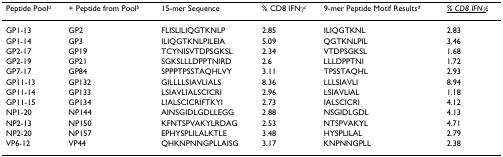
<table><thead><tr><td><b>Peptide Pool<sup><i>a</i></sup></b></td><td><b>+ Peptide from Pool<sup><i>b</i></sup></b></td><td><b>15-mer Sequence</b></td><td><b>% CD8 IFNγ<sup><i>c</i></sup></b></td><td><b>9-mer Peptide Motif Results<sup><i>d</i></sup></b></td><td><b><underline><i>% CD8 IFNγ</i><sup><i>c</i></sup></underline></b></td></tr></thead><tbody><tr><td>GP1-13</td><td>GP2</td><td>FLISLILIQGTKNLP</td><td>2.85</td><td>ILIQGTKNL</td><td>2.83</td></tr><tr><td>GP1-14</td><td>GP3</td><td>ILIQGTKNLPILEIA</td><td>5.09</td><td>QGTKNLPIL</td><td>3.46</td></tr><tr><td>GP2-17</td><td>GP19</td><td>TCYNISVTDPSGKSL</td><td>2.34</td><td>VTDPSGKSL</td><td>1.68</td></tr><tr><td>GP2-19</td><td>GP21</td><td>SGKSLLLDPPTNIRD</td><td>2.6</td><td>LLLDPPTNI</td><td>1.72</td></tr><tr><td>GP7-17</td><td>GP84</td><td>SPPPTPSSTAQHLVY</td><td>3.11</td><td>TPSSTAQHL</td><td>2.93</td></tr><tr><td>GP11-13</td><td>GP132</td><td>GILLLLSIAVLIALS</td><td>8.36</td><td>LLLSIAVLI</td><td>8.94</td></tr><tr><td>GP11-14</td><td>GP133</td><td>LSIAVLIALSCICRI</td><td>2.96</td><td>LSIAVLIAL</td><td>1.18</td></tr><tr><td>GP11-15</td><td>GP134</td><td>LIALSCICRIFTKYI</td><td>2.73</td><td>IALSCICRI</td><td>4.12</td></tr><tr><td>NP1-20</td><td>NP144</td><td>AINSGIDLGDLLEGG</td><td>2.88</td><td>NSGIDLGDL</td><td>4.13</td></tr><tr><td>NP2-13</td><td>NP150</td><td>KFNTSPVAKYLRDAG</td><td>2.53</td><td>NTSPVAKYL</td><td>4.71</td></tr><tr><td>NP2-20</td><td>NP157</td><td>EPHYSPLILALKTLE</td><td>3.48</td><td>HYSPLILAL</td><td>2.79</td></tr><tr><td>VP6-12</td><td>VP44</td><td>QHKNPNNGPLLAISG</td><td>3.17</td><td>KNPNNGPLL</td><td>2.38</td></tr></tbody></table>